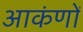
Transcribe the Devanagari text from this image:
आकंणों